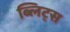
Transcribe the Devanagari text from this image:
ब्लिट्स